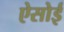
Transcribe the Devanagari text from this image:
ऐसोई